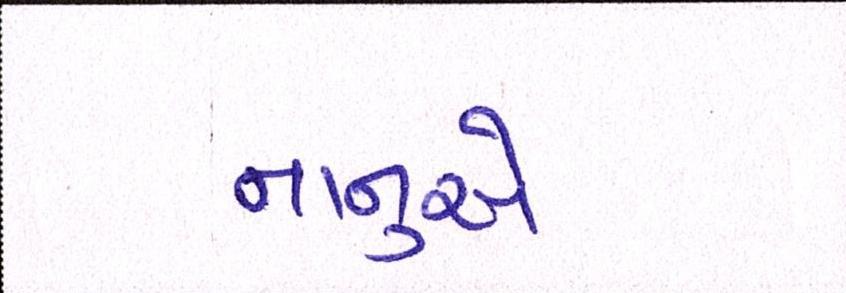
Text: નાનુએ